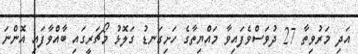
އަދި މަރުވިތާ 27 ދުވަސްވެފައިވާ މައްޔިތާގެ ހަށިގަނޑު ގަލޮޅު މޯޗަރީގައި ބާއްވާފައި އޮންނަ